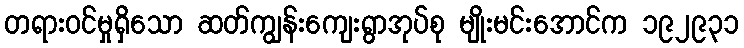
တရားဝင်မှုရှိသော ဆတ်ကျွန်းကျေးရွာအုပ်စု မျိုးမင်းအောင်က ၁၉၂၉၃၁